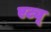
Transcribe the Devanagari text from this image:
एट्यू